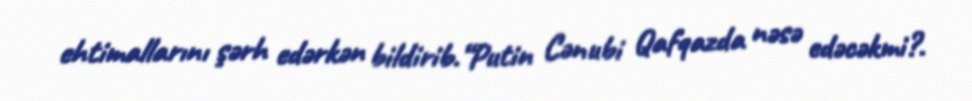
ehtimallarını şərh edərkən bildirib.“Putin Cənubi Qafqazda nəsə edəcəkmi?.